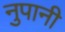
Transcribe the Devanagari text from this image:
नुपानी